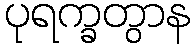
ပုရက္ခတွာန